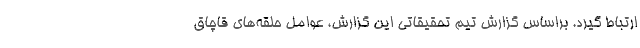
ارتباط گیرد. براساس گزارش تیم تحقیقاتی این گزارش، عوامل حلقه‌های قاچاق